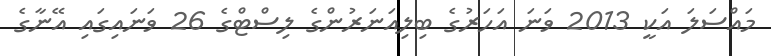
މައްސަލަ އަކީ 2013 ވަނަ އަހަރުގެ ބިލިއަނަރުންގެ ލިސްޓްގެ 26 ވަނައިގައި އޭނާގެ